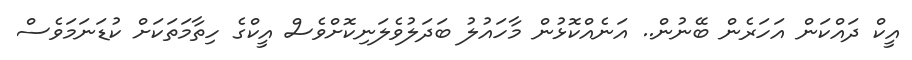
އީކް ދައްކަން އަހަރެން ބޭނުން.. އަނެއްކޮޅުން މާހައުލު ބަދަލުވެލަނިކޮށްވެސް އީކްގެ ހިތާމަތަކަށް ކުޑަނަމަވެސް